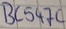
Text: BV547C